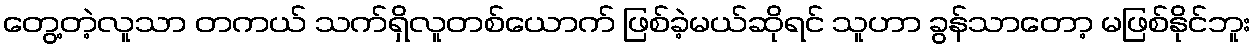
တွေ့တဲ့လူသာ တကယ် သက်ရှိလူတစ်ယောက် ဖြစ်ခဲ့မယ်ဆိုရင် သူဟာ ခွန်သာတော့ မဖြစ်နိုင်ဘူး